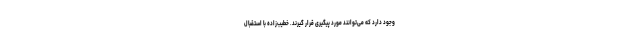
وجود دارد که می‌توانند مورد پیگیری قرار گیرند. خطیب‌زاده با استقبال